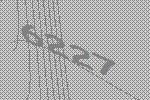
6227